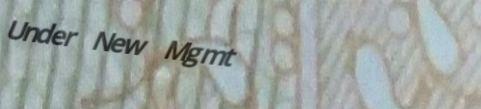
Under New Mgmt